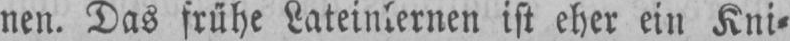
nen. Das frühe Lateinlernen ist eher ein Kni⸗